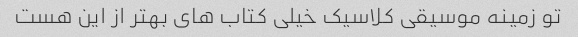
تو زمینه موسیقی کلاسیک خیلی کتاب های بهتر از این هست